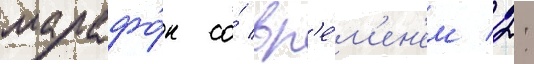
марафо́н со́ вр'е́м'ен'ем 2: